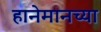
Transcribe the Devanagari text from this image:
हानेमानच्या